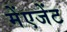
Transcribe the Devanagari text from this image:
मेंएजेंट